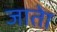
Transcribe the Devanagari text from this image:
जातेा